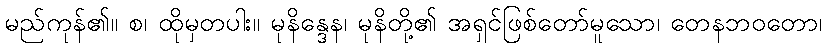
မည်ကုန်၏။ စ၊ ထိုမှတပါး။ မုနိန္ဒေန၊ မုနိတို့၏ အရှင်ဖြစ်တော်မူသော၊ တေနဘဝတော၊